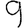
Digit: 9